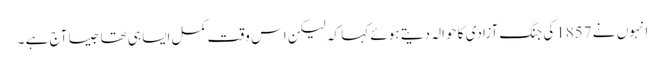
انہوں نے 1857کی جنگ آزادی کا حوالہ دیتے ہوئے کہا کہ لیکن اس وقت کمل ایسا ہی تھا جیسا آج ہے ۔